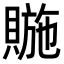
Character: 𧷆